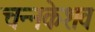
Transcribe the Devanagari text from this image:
चन्नकेशव